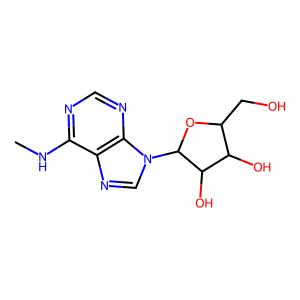
SMILES: CNc1ncnc2c1ncn2C1OC(CO)C(O)C1O
Inhibits HIV replication: No